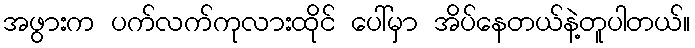
အဖွားက ပက်လက်ကုလားထိုင် ပေါ်မှာ အိပ်နေတယ်နဲ့တူပါတယ်။